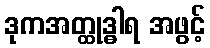
ဒုကအတ္ထုဒ္ဓါရ အဖွင့်